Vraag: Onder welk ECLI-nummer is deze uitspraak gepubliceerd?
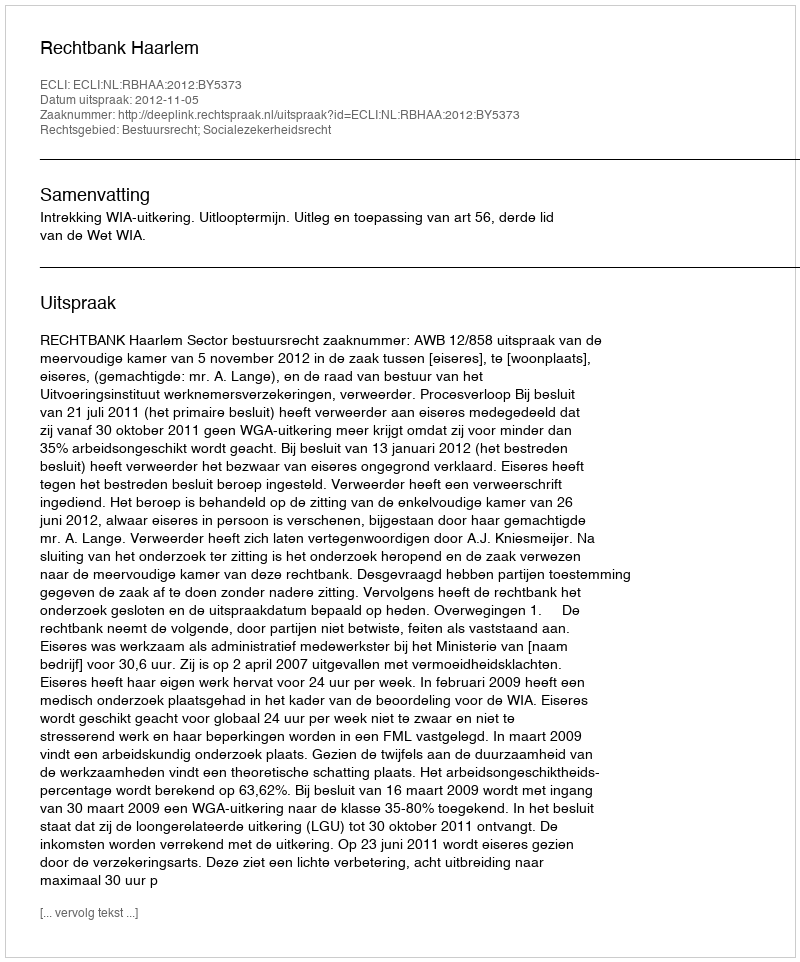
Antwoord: ECLI:NL:RBHAA:2012:BY5373